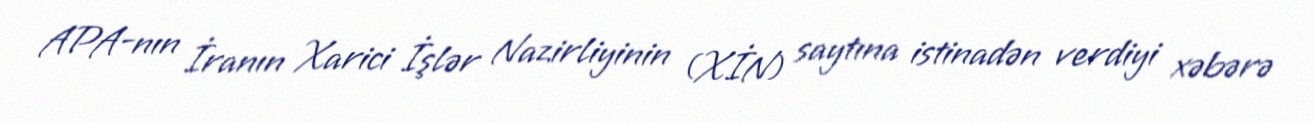
APA-nın İranın Xarici İşlər Nazirliyinin (XİN) saytına istinadən verdiyi xəbərə